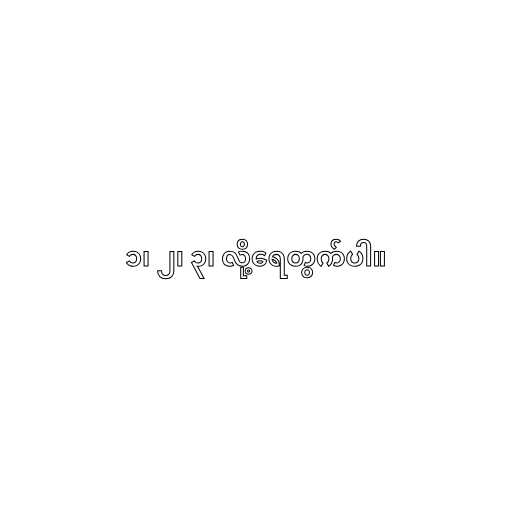
၁၊ ၂၊ ၃၊ လို့ရေတွက်ပါ။